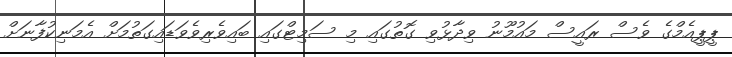
ޕީޕީއެމްގެ ވެސް ރައީސް މައުމޫނު ވިދާޅުވި ގޮތުގައި މި ސަމިޓްގައި ބައިވެރިވެވަޑައިގަތުމަށް އެމަނިކުފާނަށް